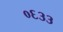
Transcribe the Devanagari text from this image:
०६३३